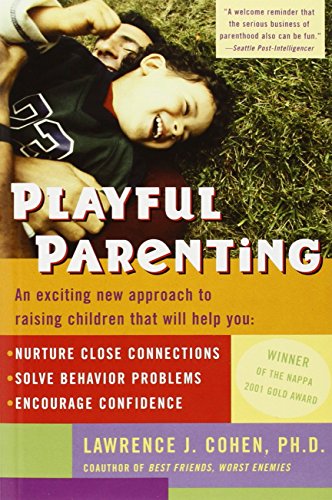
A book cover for Playful Parenting; Lawrence J. Cohen; Parenting & Relationships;